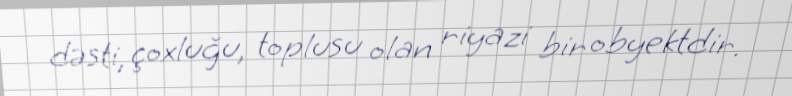
dəsti, çoxluğu, toplusu olan riyazi bir obyektdir.